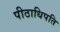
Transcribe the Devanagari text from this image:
पीठाधिपति